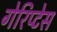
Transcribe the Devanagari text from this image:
गेरिप्टेस